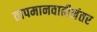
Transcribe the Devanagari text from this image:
तापमानवाढीनंतर